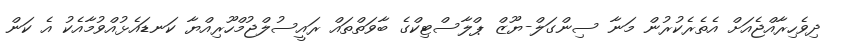
ދިވެހިރާއްޖެއަށް އެތެރެކުރުން މަނާ ސިންގަލް-ޔޫޒް ޕްލާސްޓިކްގެ ބާވަތްތައް ރައީސުލްޖުމްހޫރިއްޔާ ކަނޑައެޅުއްވުމާއެކު އެ ކަން